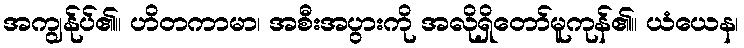
အကျွန်ုပ်၏။ ဟိတကာမာ၊ အစီးအပွားကို အလိုရှိတော်မူကုန်၏။ ယံယေန၊